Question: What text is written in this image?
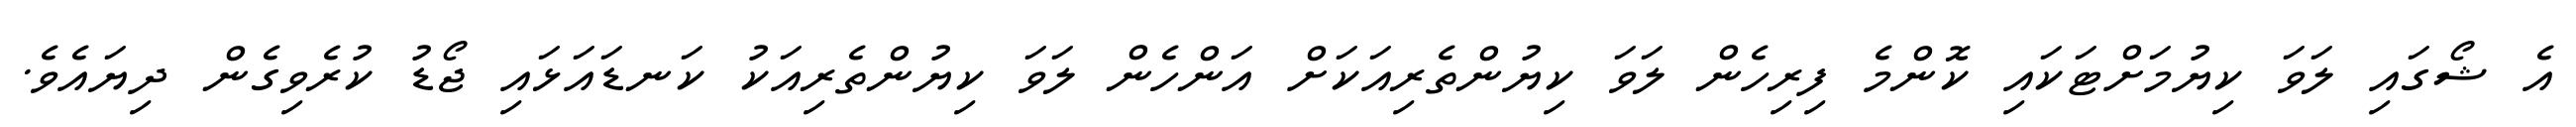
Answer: އެ ޝޯގައި ލަވަ ކިޔުމަށްޓަކައި ކޮންމެ ފިރިހެން ލަވަ ކިޔުންތެރިއަކަށް އަންހެން ލަވަ ކިޔުންތެރިއަކު ކަނޑައަޅައި ޖޯޑު ކުރެވިގެން ދިޔައެވެ.